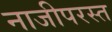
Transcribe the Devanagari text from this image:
नाजीपरस्त